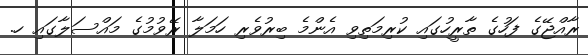
ރާއްޖޭގެ ފަހުގެ ތާރީހުގައި ކުރިމަތިވި އެންމެ ބިރުވެރި ހަމަލާ ރޭވުމުގެ މައްސަލާގައި ހ.